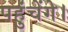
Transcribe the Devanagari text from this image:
पहुंचेंगे।